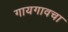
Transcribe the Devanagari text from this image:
गायगावचा